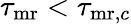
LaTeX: \tau_{\mathrm{mr}}<\tau_{{\mathrm{mr}},c}